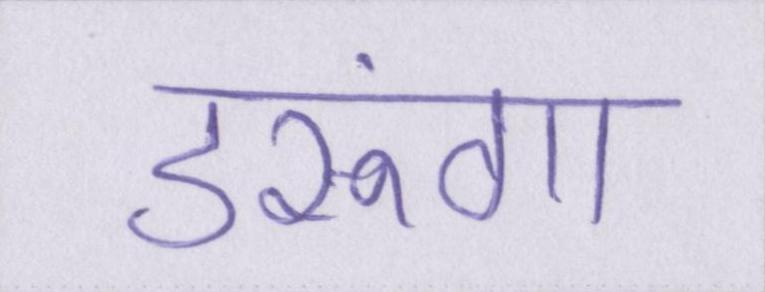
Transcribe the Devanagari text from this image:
डरूंगा